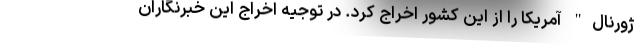
ژورنال" آمریکا را از این کشور اخراج کرد. در توجیه اخراج این خبرنگاران